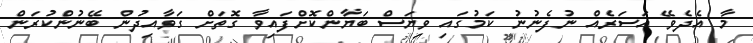
މާ އެދެވޭ އަސަރެއް ނުފެނުނު ކަމުގައި ވިޔަސް ބަޔާންކޮށްފައިވާ ގޮތަށް ގަވާއިދުން ބޭނުންކުރަން